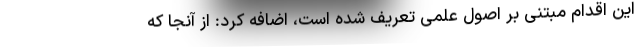
این اقدام مبتنی بر اصول علمی تعریف شده است، اضافه کرد: از آنجا که